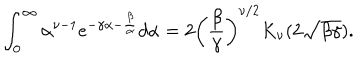
\int _ { 0 } ^ { \infty } \alpha ^ { \nu - 1 } e ^ { - \gamma \alpha - \frac { \beta } { \alpha } } d \alpha = 2 \left( \frac { \beta } { \gamma } \right) ^ { \nu / 2 } K _ { \nu } ( 2 \sqrt { \beta \gamma } ) .